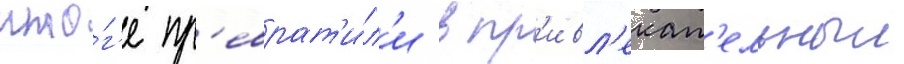
ито́г'е пр'еврат'и́л'и в пр'ивл'екат'ельныи